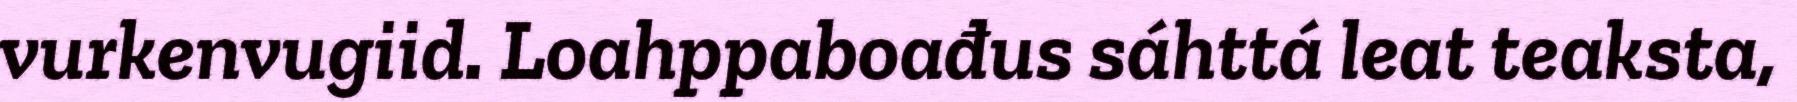
vurkenvugiid. Loahppaboađus sáhttá leat teaksta,